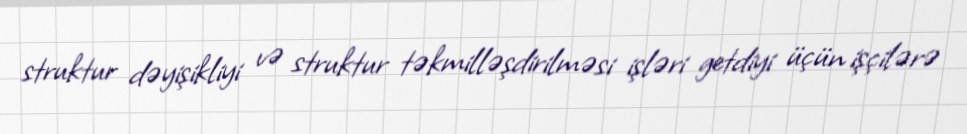
struktur dəyişikliyi və struktur təkmilləşdirilməsi işləri getdiyi üçün işçilərə